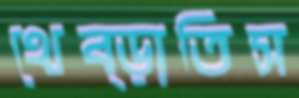
থেব্‌ড়াতিস